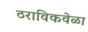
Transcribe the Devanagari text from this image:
ठराविकवेळा